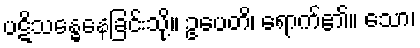
ပဋိသန္ဓေနေခြင်းသို့။ ဥပေတိ၊ ရောက်၏။ သော၊